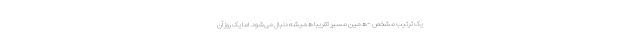
یک ترتیب مشخص -همین مسیر تقریباً همیشه دنبال می‌شود. اما یک روز آن